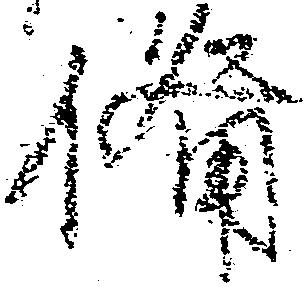
備